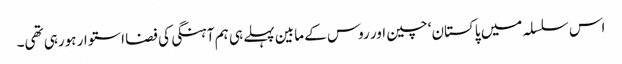
اس سلسلہ میں پاکستان‘ چین اور روس کے مابین پہلے ہی ہم آہنگی کی فضا استوار ہورہی تھی۔